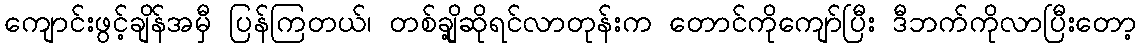
ကျောင်းဖွင့်ချိန်အမှီ ပြန်ကြတယ်၊ တစ်ချို့ဆိုရင်လာတုန်းက တောင်ကိုကျော်ပြီး ဒီဘက်ကိုလာပြီးတော့